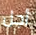
أجل